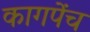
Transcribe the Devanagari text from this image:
कागपेंच